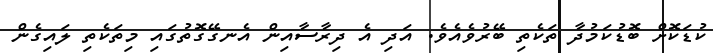
ކުޑަކޮށް ބޮޑުކަމުދާ ތަކެތި ބޭރުވެއެވެ. އަދި އެ ދިރާސާއިން އެނގޭގޮތުގައި މިތަކެތި ލައިގެން